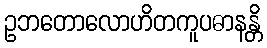
ဥဘတောလောဟိတကူပဓာနန္တိ